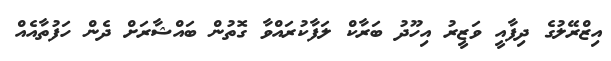
އިޒްރޭލުގެ ދިފާއީ ވަޒީރު އިހޫދު ބަރާކް ލަފާކުރައްވާ ގޮތުން ބައްޝާރަށް ދެން ހަފުތާއެއް